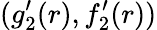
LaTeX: (g_{2}^{\prime}(r),f_{2}^{\prime}(r))